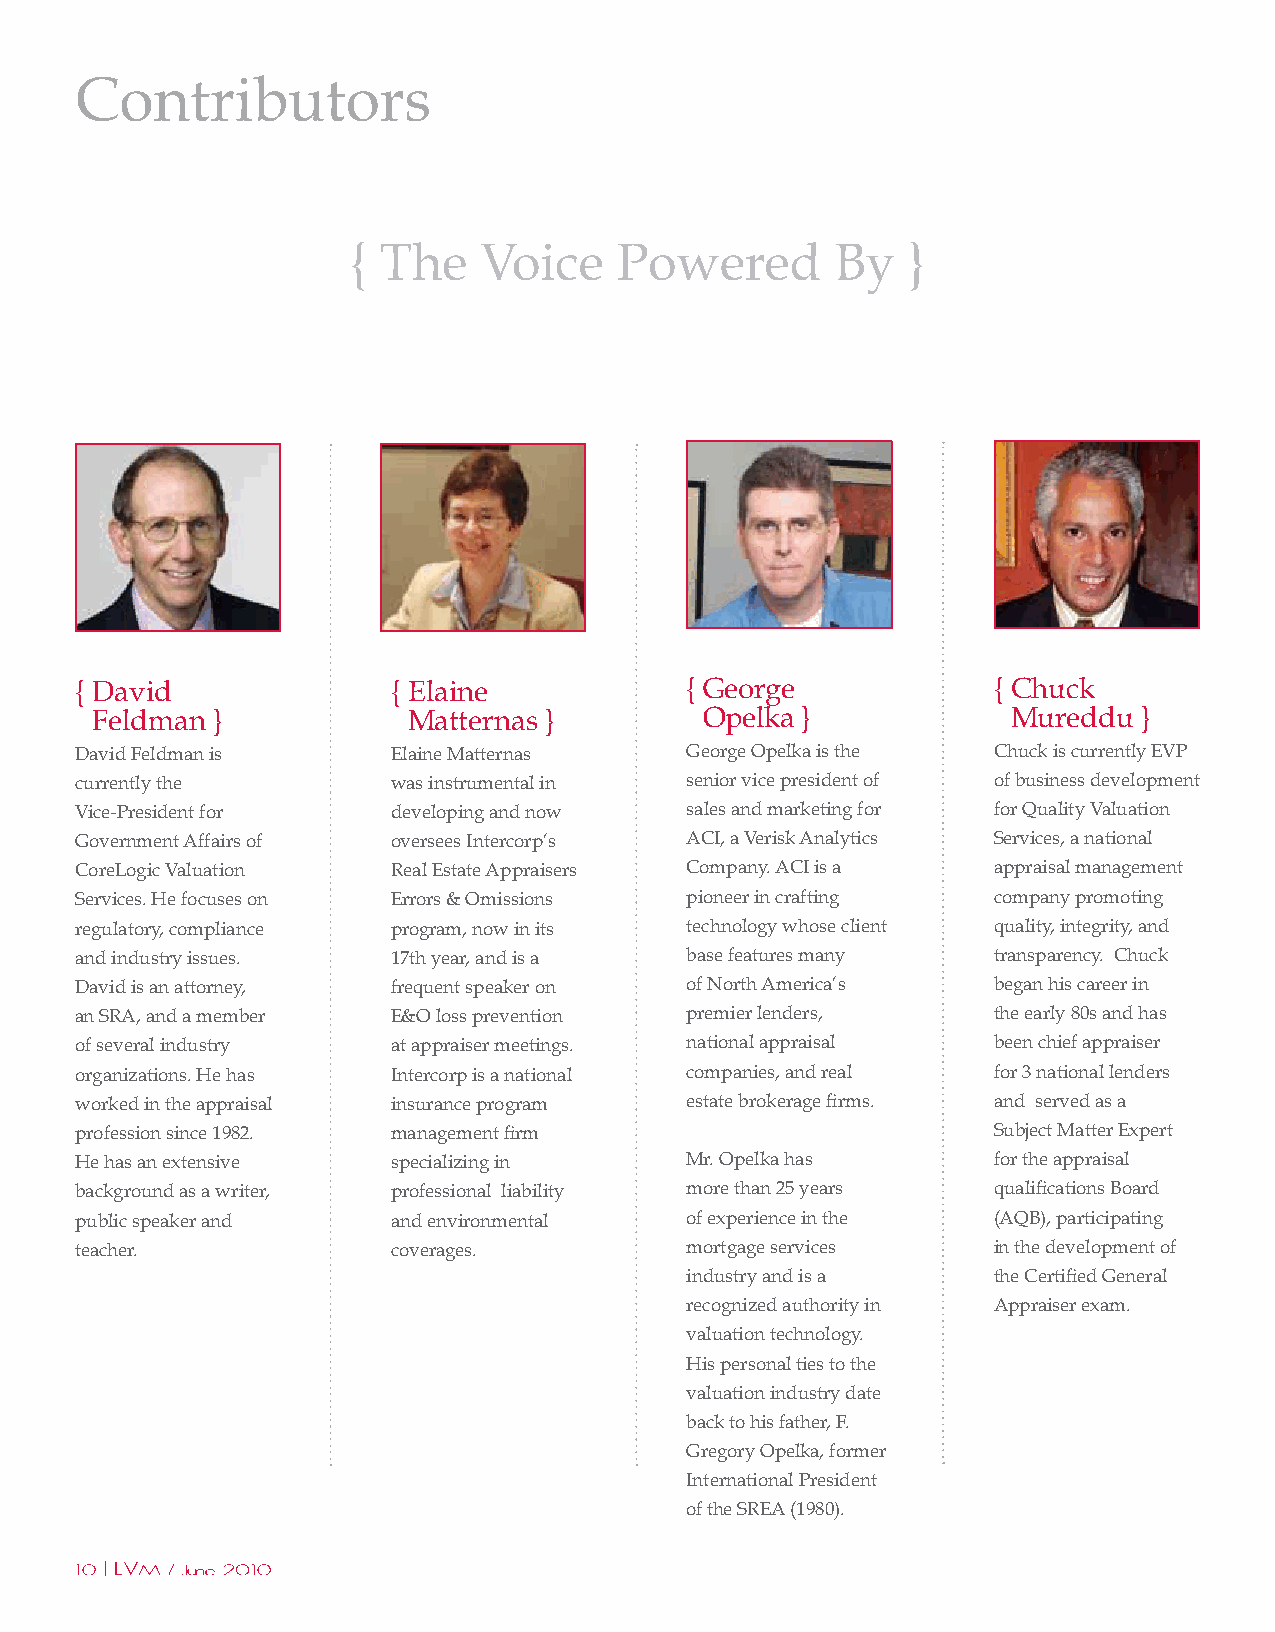
Contributors
 { The    Voice    Powered       By   }
 { David              { Elaine           { George             { Chuck
 Feldman }            Matternas }         Opelka }            Mureddu  }
 David Feldman is     Elaine Matternas   George Opelka is the Chuck is currently EVP
 currently the        was instrumental in senior vice president of of business development
 Vice-President for   developing and now sales and marketing for for Quality Valuation
 Government Affairs of oversees Intercorp’s ACI, a Verisk Analytics Services, a national
 CoreLogic Valuation  Real Estate Appraisers Company. ACI is a appraisal management
 Services. He focuses on Errors & Omissions pioneer in crafting company promoting
 regulatory, compliance program, now in its technology whose client quality, integrity, and
 and industry issues. 17th year, and is a base features many  transparency. Chuck
 David is an attorney, frequent speaker on of North America’s began his career in
 an SRA, and a member E&O loss prevention premier lenders,    the early 80s and has
 of several industry  at appraiser meetings. national appraisal been chief appraiser
 organizations. He has Intercorp is a national companies, and real for 3 national lenders
 worked in the appraisal insurance program estate brokerage firms. and served as a
 profession since 1982. management firm                       Subject Matter Expert
 He has an extensive  specializing in    Mr. Opelka has       for the appraisal
 background as a writer, professional liability more than 25 years qualifications Board
 public speaker and   and environmental  of experience in the (AQB), participating
 teacher.             coverages.         mortgage services    in the development of
 industry and is a    the Certified General
 recognized authority in Appraiser exam.
 valuation technology.
 His personal ties to the
 valuation industry date
 back to his father, F.
 Gregory Opelka, former
 International President
 of the SREA (1980).